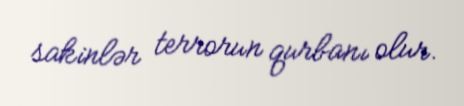
sakinlər terrorun qurbanı olur.